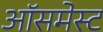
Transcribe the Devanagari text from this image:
ऑसमेस्ट